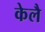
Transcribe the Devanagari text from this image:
केलै